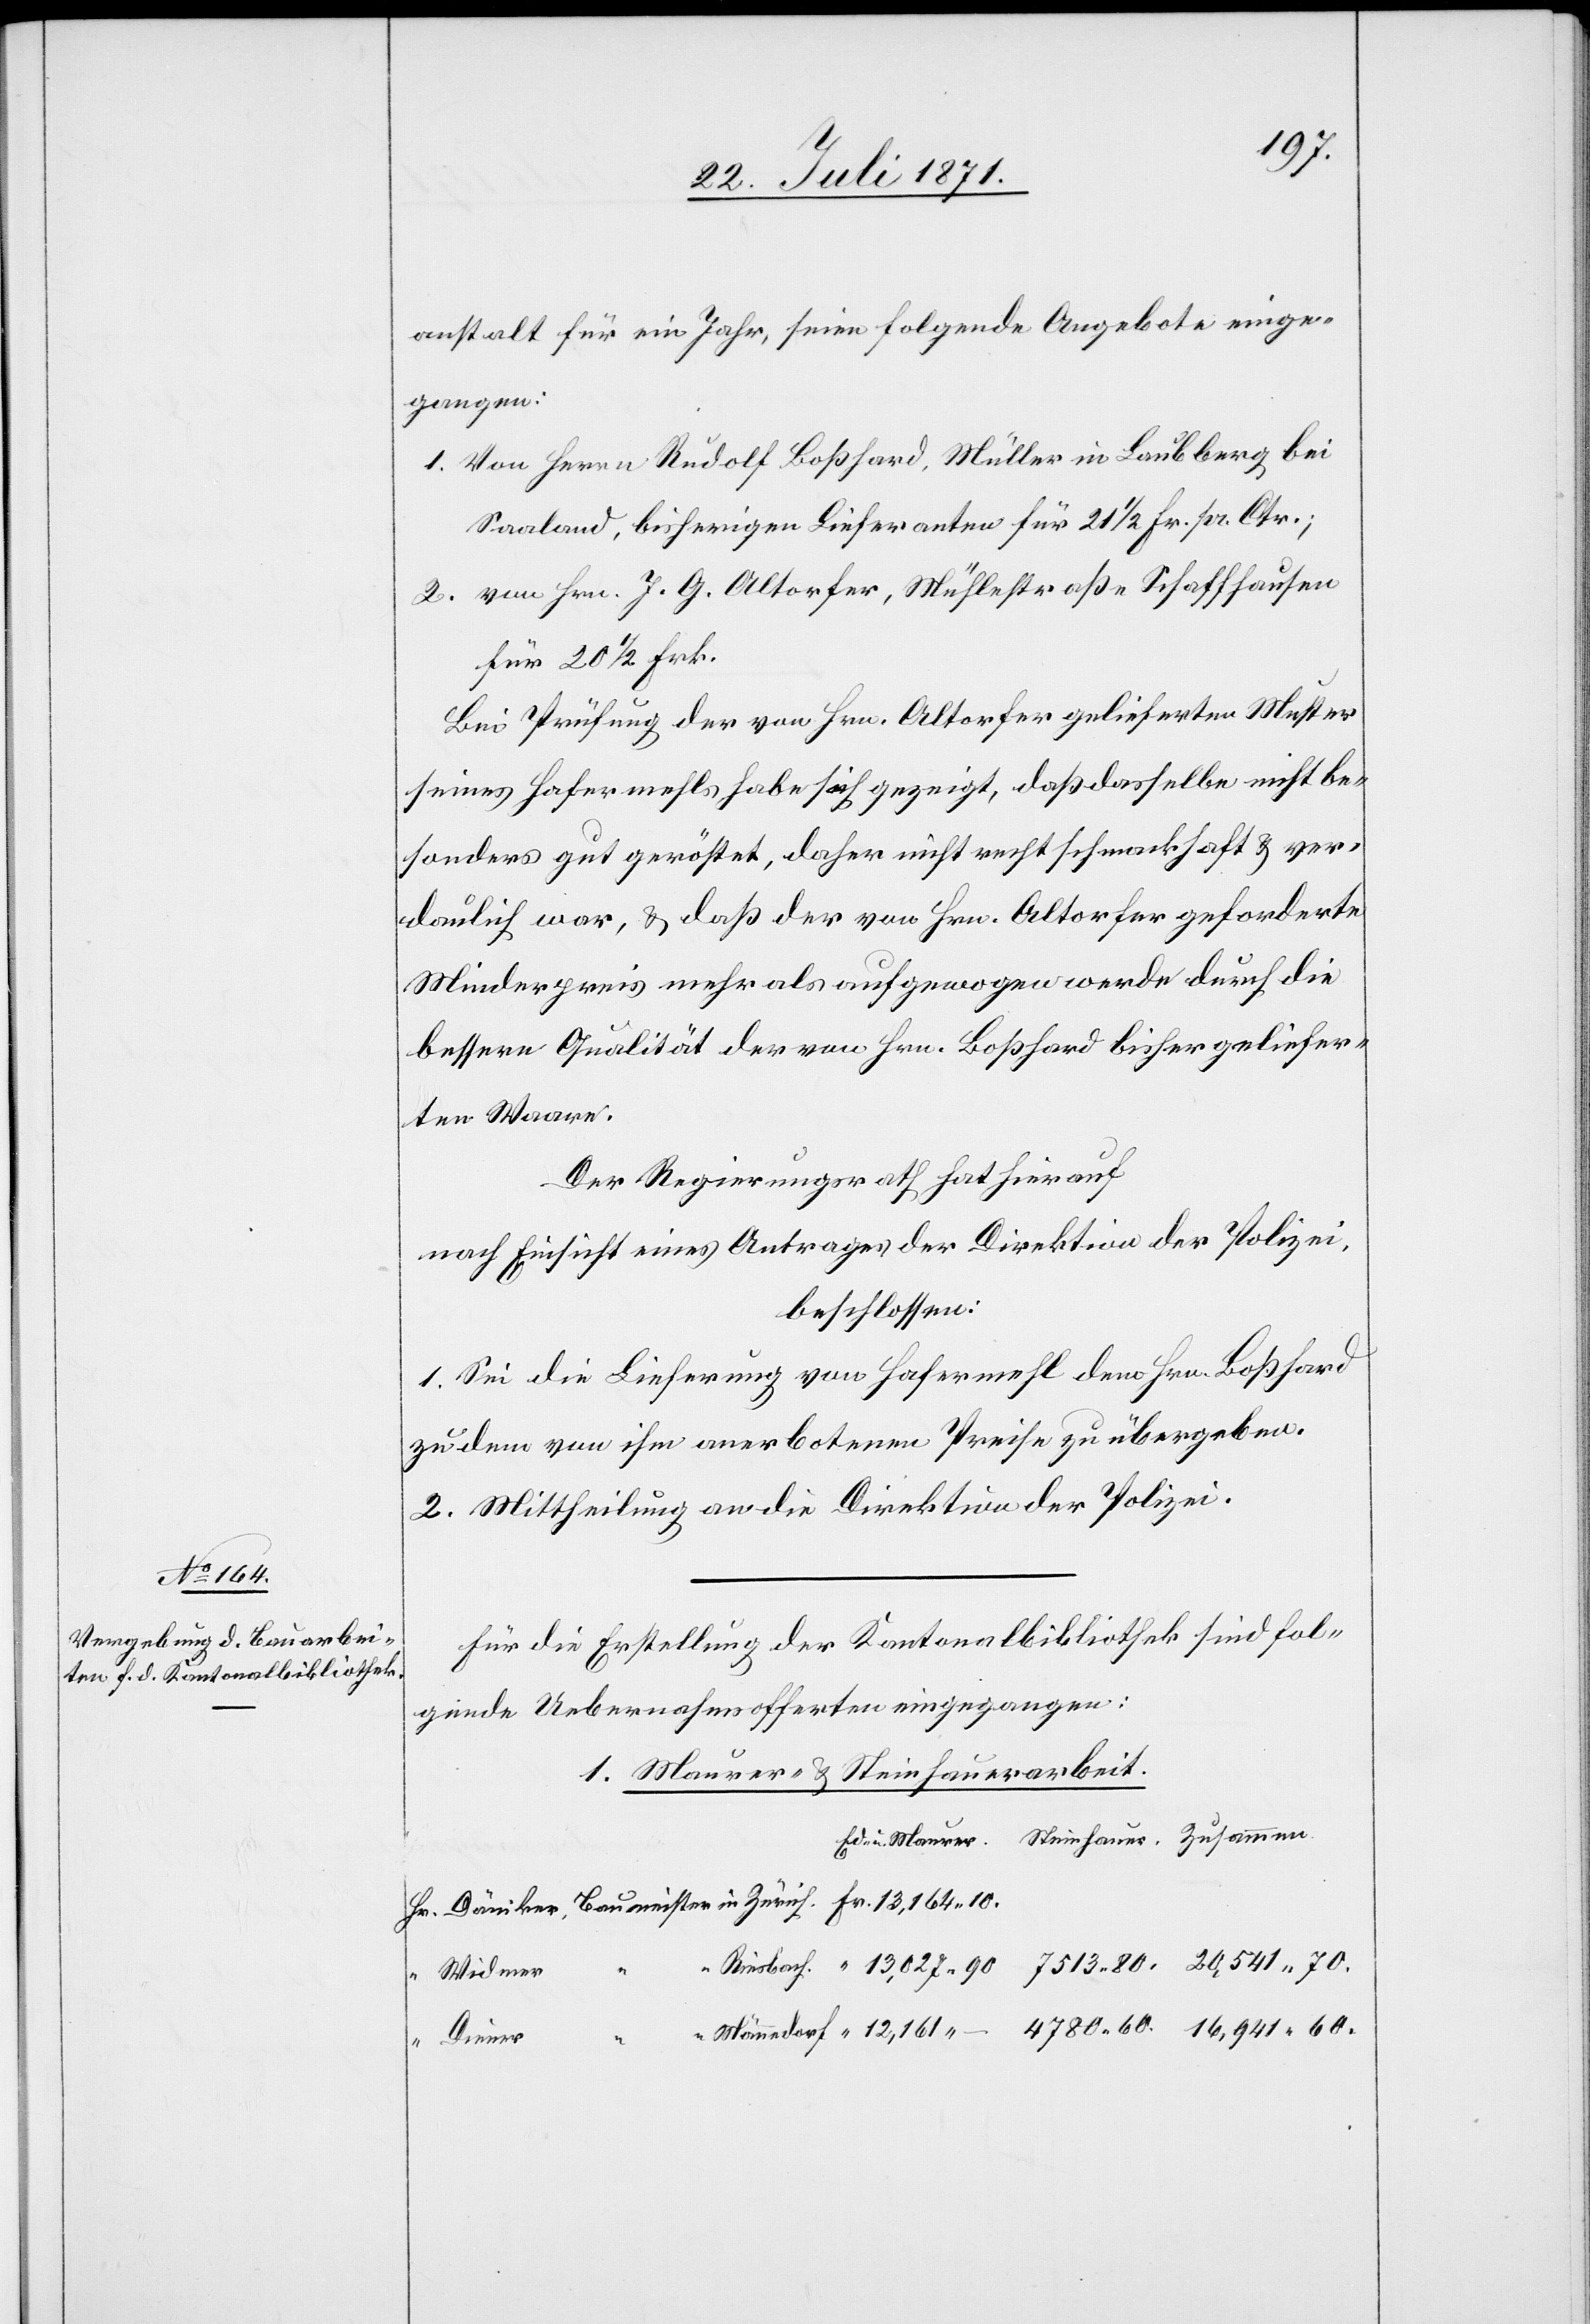
anstalt für ein Jahr, seien folgende Angebote einge¬
gangen:
1. Von Herrn Rudolf Boßhard, Müller in Laubberg bei
Saaland, bisherigen Lieferanten für 21 1/2 Fr. pr. Ctr.;
2. von Hrn. J. G. Altorfer, Mühlestraße Schaffhausen
für 20 1/2 Frk.
Bei Prüfung der von Hrn. Altorfer gelieferten Muster
seines Hafermehls habe sich gezeigt, daß dasselbe nicht be¬
sonders gut geröstet, daher nicht recht schmackhaft u. ver¬
daulich war, u. daß der von Hrn. Altorfer geforderte
Minderpreis mehr als aufgewogen werde durch die
bessere Qualität der von Hrn. Boßhard bisher geliefer¬
ten Waare.
Der Regierungsrath hat hierauf
nach Einsicht eines Antrages der Direktion der Polizei,
beschlossen:
1. Sei die Lieferung von Hafermehl dem Hrn. Boßhard
zu dem von ihm anerbotenen Preise zu übergeben.
2. Mittheilung an die Direktion der Polizei.
Für die Erstellung der Kantonalbibliothek sind fol¬
gende Uebernahmsofferten eingegangen:
1. Maurer- u. Steinhauerarbeit.
Widmer